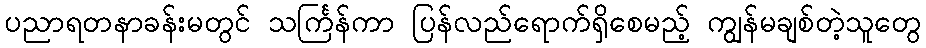
ပညာရတနာခန်းမတွင် သင်္ကြန်ကာ ပြန်လည်ရောက်ရှိစေမည့် ကျွန်မချစ်တဲ့သူတွေ